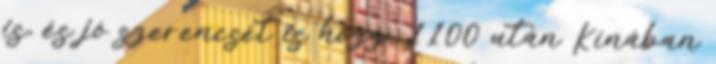
is, és jó szerencsét is hozz. 1100 után Kínában